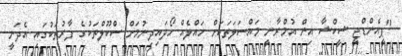
"ޕީއެންޑްޖީ ޝީކްޝާ އިން އުމްރާނީ މައްސަލަތަކަށް ހައްލެއް ހޯދައިދިނުމަށް ސްކޫލްތަކުގެ ފާރުތަކުގައި އެދަނީ